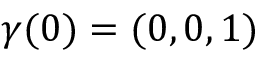
{ \boldsymbol \gamma } ( 0 ) = ( 0 , 0 , 1 )